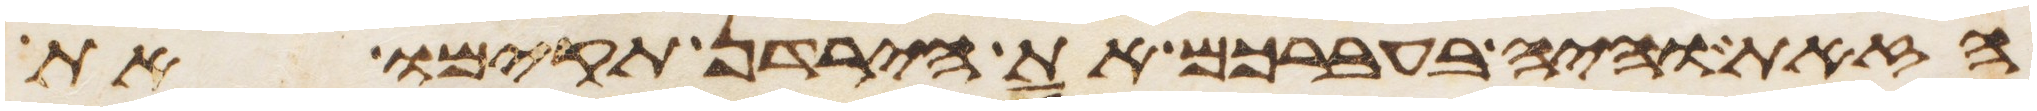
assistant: הזאת והיה בעברכם את הירדן תקימו את